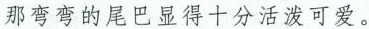
那弯弯的尾巴显得十分活泼可爱。